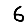
Digit: 6